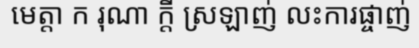
មេត្តា ក រុណា ក្តី ស្រឡាញ់ លះការផ្ចាញ់